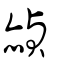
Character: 赬